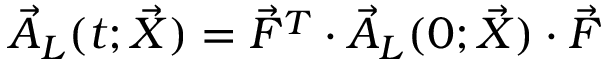
\vec { A } _ { L } ( t ; \vec { X } ) = \vec { F } ^ { T } \cdot \vec { A } _ { L } ( 0 ; \vec { X } ) \cdot \vec { F }